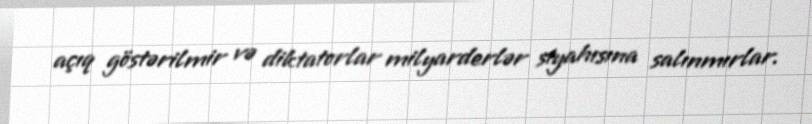
açıq göstərilmir və diktatorlar milyarderlər siyahısına salınmırlar.